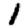
Digit: 1